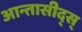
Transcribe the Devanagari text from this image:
आन्तासीद्स्